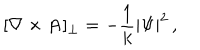
[ \nabla \times { \bf A } ] _ { \perp } = - { \frac { 1 } { k } } | \Psi | ^ { 2 } \, ,